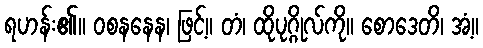
ရဟန်း၏။ ဝစနနေန၊ ဖြင့်။ တံ၊ ထိုပုဂ္ဂိုလ်ကို။ စောဒေတိ၊ အံ့။